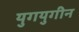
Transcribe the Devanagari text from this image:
युगयुगीन